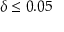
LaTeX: \delta \leq 0 . 0 5